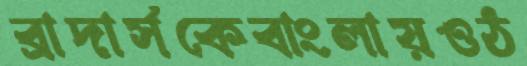
ব্রাদার্সকেবাংলায়ওঠ